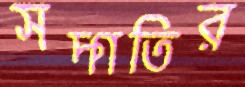
সদ্গতির